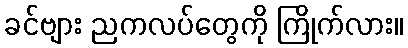
ခင်ဗျား ညကလပ်တွေကို ကြိုက်လား။